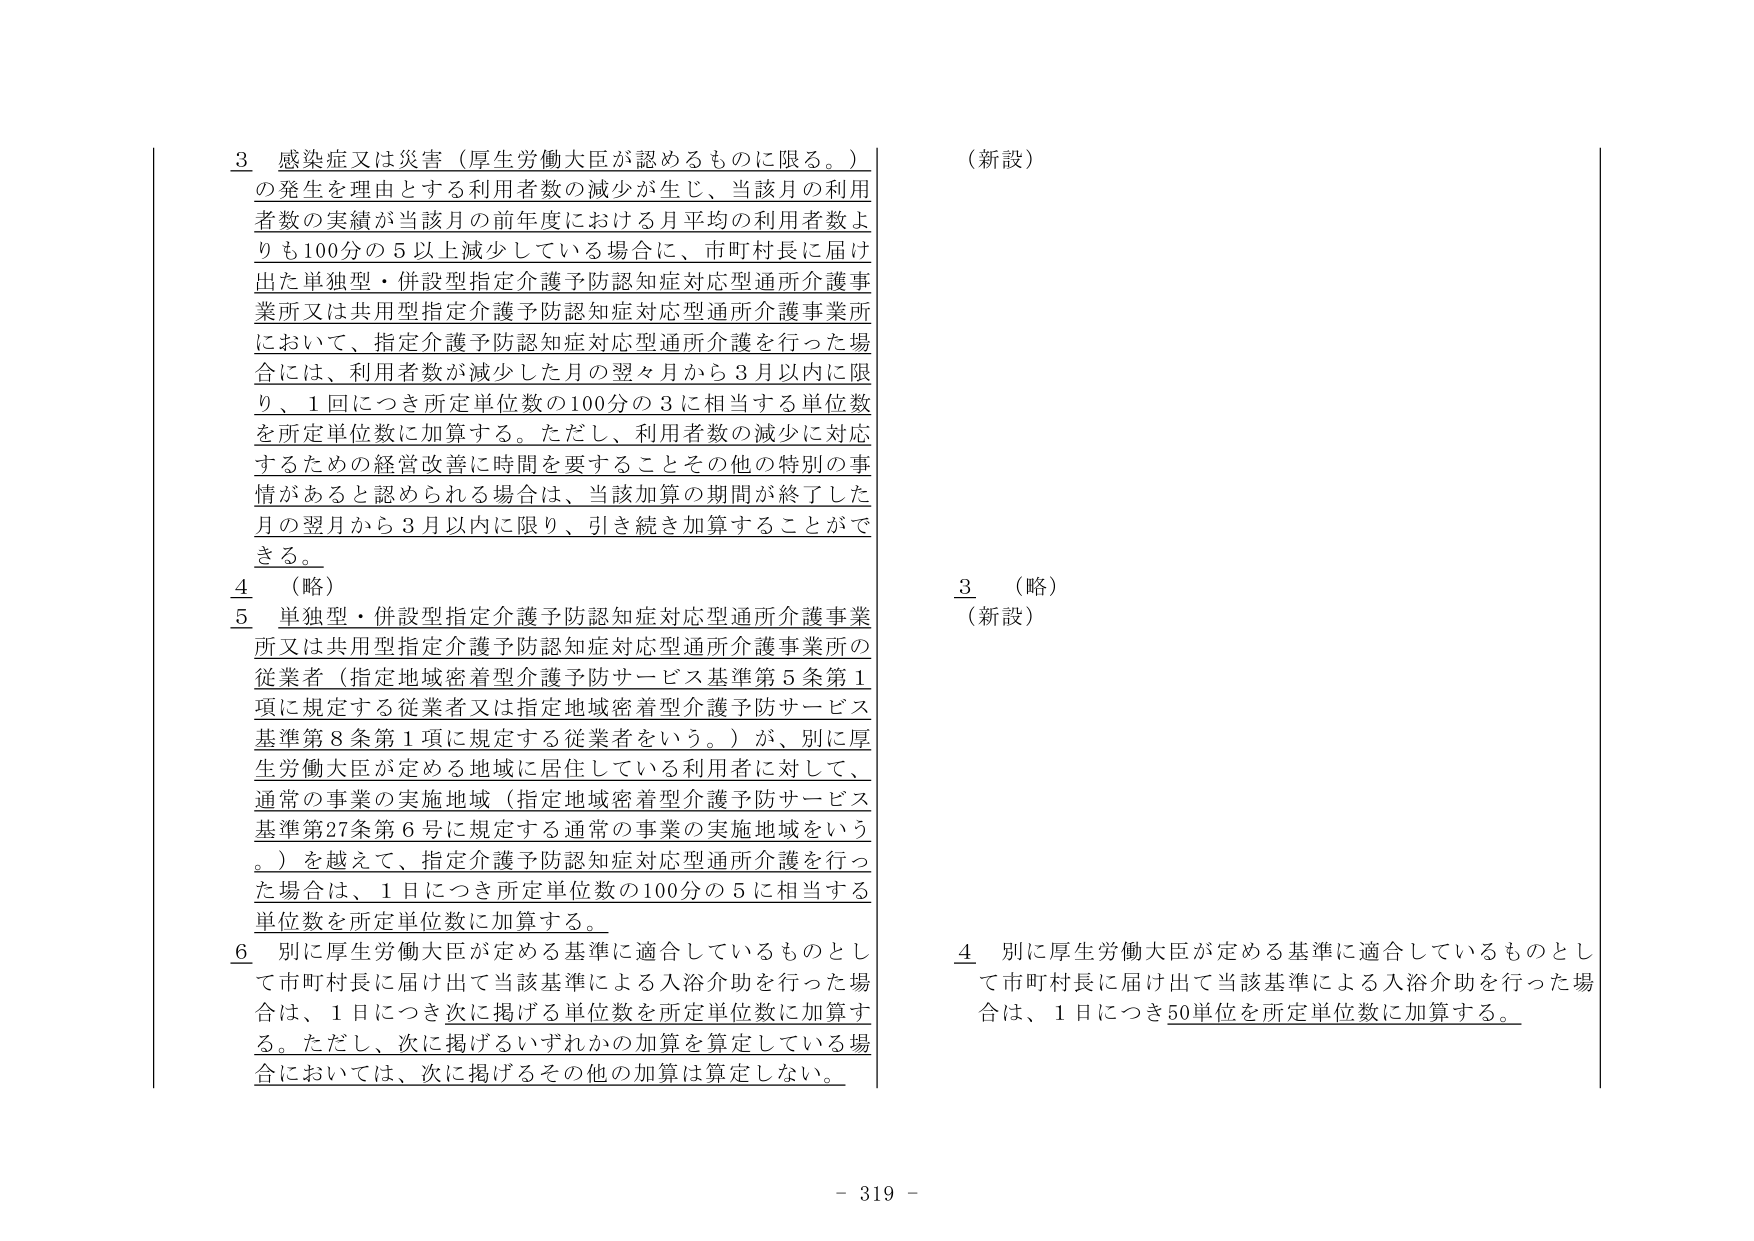
3 感染症又は災害（厚生労働大臣が認めるものに限る。）
の発生を理由とする利用者数の減少が生じ、当該月の利用者数の実績が当該月の前年度における月平均の利用者数よりも100分の5以上減少している場合に、市町村長に届け出た単独型・併設型指定介護予防認知症対応型通所介護事業所又は共用型指定介護予防認知症対応型通所介護事業所において、指定介護予防認知症対応型通所介護を行った場合には、利用者数が減少した月の翌々月から3月以内に限り、1回につき所定単位数の100分の3に相当する単位数を所定単位数に加算する。ただし、利用者数の減少に対応するための経営改善に時間を要することその他の特別の事情があると認められる場合は、当該加算の期間が終了した月の翌月から3月以内に限り、引き続き加算することができる。

4 （略）

5 単独型・併設型指定介護予防認知症対応型通所介護事業所又は共用型指定介護予防認知症対応型通所介護事業所の従業者（指定地域密着型介護予防サービス基準第5条第1項に規定する従業者又は指定地域密着型介護予防サービス基準第8条第1項に規定する従業者をいう。）が、別に厚生労働大臣が定める地域に居住している利用者に対して、通常の事業の実施地域（指定地域密着型介護予防サービス基準第27条第6号に規定する通常の事業の実施地域をいう。）を越えて、指定介護予防認知症対応型通所介護を行った場合は、1日につき所定単位数の100分の5に相当する単位数を所定単位数に加算する。

6 別に厚生労働大臣が定める基準に適合しているものとして市町村長に届け出て当該基準による入浴介助を行った場合は、1日につき次に掲げる単位数を所定単位数に加算する。ただし、次に掲げるいずれかの加算を算定している場合においては、次に掲げるその他の加算は算定しない。

（新設）

3 （略）
（新設）

4 別に厚生労働大臣が定める基準に適合しているものとして市町村長に届け出て当該基準による入浴介助を行った場合は、1日につき50単位を所定単位数に加算する。

- 319 -